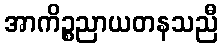
အာကိဉ္စညာယတနသညီ